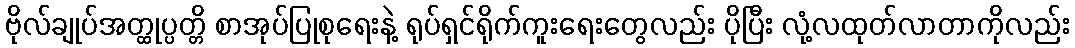
ဗိုလ်ချုပ်အတ္ထုပ္ပတ္တိ စာအုပ်ပြုစုရေးနဲ့ ရုပ်ရှင်ရိုက်ကူးရေးတွေလည်း ပိုပြီး လုံ့လထုတ်လာတာကိုလည်း